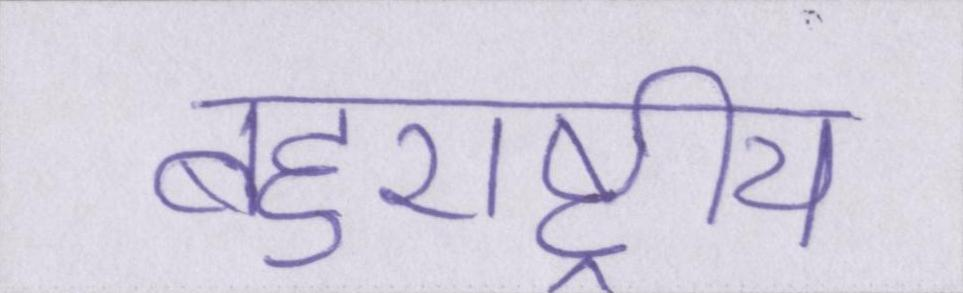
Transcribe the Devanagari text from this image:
बहुराष्ट्रीय